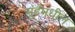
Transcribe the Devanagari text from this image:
मुंडेंमधील